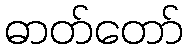
ဓာတ်တော်